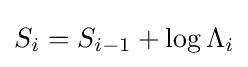
S_{i}=S_{i-1}+\log \Lambda _{i}